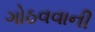
ગોઠવવાની